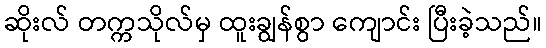
ဆိုးလ် တက္ကသိုလ်မှ ထူးချွန်စွာ ကျောင်း ပြီးခဲ့သည်။